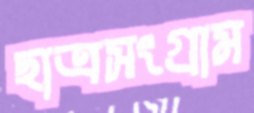
ছাত্রসংগ্রাম